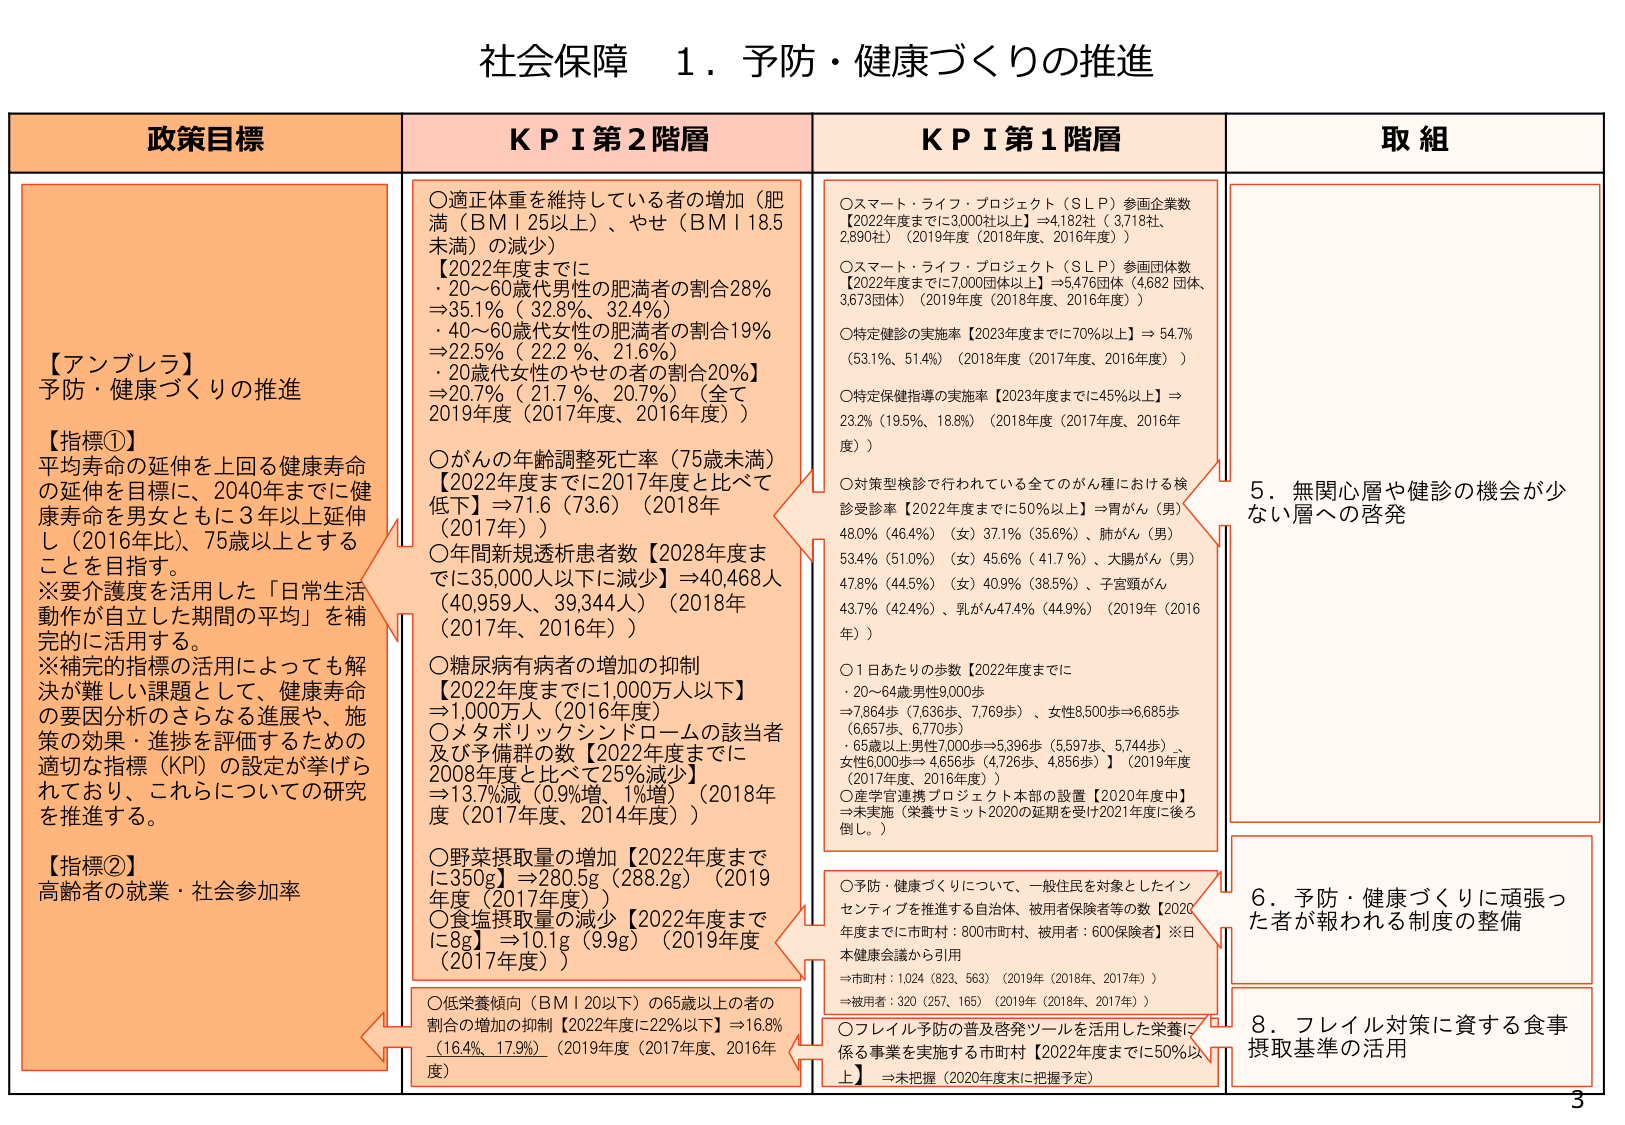
社会保障 1．予防・健康づくりの推進

政策目標

【アンブレラ】
予防・健康づくりの推進

【指標①】
平均寿命の延伸を上回る健康寿命の延伸を目標に、2040年までに健康寿命を男女ともに3年以上延伸し（2016年比）、75歳以上とすることを目指す。
※要介護度を活用した「日常生活動作が自立した期間の平均」を補完的に活用する。
※補完的指標の活用によっても解決が難しい課題として、健康寿命の要因分析のさらなる進展や、施策の効果・進捗を評価するための適切な指標（KPI）の設定が挙げられており、これらについての研究を推進する。

【指標②】
高齢者の就業・社会参加率

KPI 第2階層

○適正体重を維持している者の増加（肥満（BMI 25以上）、やせ（BMI 18.5未満）の減少）
・2022年度までに
→20～60歳代男性の肥満者の割合28% ⇒35.1%（32.8%、32.4%）
→40～60歳代女性の肥満者の割合19% ⇒22.5%（22.2%、21.6%）
・20歳代女性のやせの者の割合20%】 ⇒20.7%（21.7%、20.7%）（全て2019年度（2017年度、2016年度））

○がんの年齢調整死亡率（75歳未満）
【2022年度までに2017年度と比べて低下】⇒71.6（73.6）（2018年（2017年））

○年間新規透析患者数【2028年度までに35,000人以下に減少】⇒40,468人（40,959人、39,344人）（2018年（2017年、2016年））

○糖尿病有病者の増加の抑制
【2022年度までに1,000万人以下】⇒1,000万人（2016年度）

○メタボリックシンドロームの該当者及び予備群の数【2022年度までに2008年度と比べて25%減少】⇒13.7%減（0.9%増、1%増）（2018年度（2017年度、2014年度））

○野菜摂取量の増加【2022年度までに350g】⇒280.5g（288.2g）（2019年度（2017年度））

○食塩摂取量の減少【2022年度までに8g】⇒10.1g（9.9g）（2019年度（2017年度））

○低栄養傾向（BMI 20以下）の65歳以上の者の割合の増加の抑制【2022年度に22%以下】⇒16.8%（16.4%、17.9%）（2019年度（2017年度、2016年度））

KPI 第1階層

○スマート・ライフ・プロジェクト（SLP）参画企業数
【2022年度までに3,000社以上】⇒4,182社（3,718社、2,890社）（2019年度（2018年度、2016年度））

○スマート・ライフ・プロジェクト（SLP）参画団体数
【2022年度までに7,000団体以上】⇒5,476団体（4,682団体、3,673団体）（2019年度（2018年度、2016年度））

○特定健診の実施率【2023年度までに70%以上】⇒54.7%（53.1%、51.4%）（2018年度（2017年度、2016年度））

○特定保健指導の実施率【2023年度までに45%以上】⇒23.2%（19.5%、18.8%）（2018年度（2017年度、2016年度））

○対策型検診で行われている全てのがん種における検診実施率【2022年度までに50%以上】
→胃がん（男）48.0%（46.4%）（女）37.1%（35.6%）、肺がん（男）53.4%（51.0%）（女）45.6%（41.7%）、大腸がん（男）47.8%（44.5%）（女）40.9%（38.5%）、子宮頸がん43.7%（42.4%）、乳がん47.4%（44.9%）（2019年（2016年））

○1日あたりの歩数【2022年度までに
・20～64歳男性9,000歩 ⇒7,864歩（7,636歩、7,769歩）、女性8,500歩⇒6,685歩（6,657歩、6,770歩）
・65歳以上男性7,000歩⇒5,396歩（5,597歩、5,744歩）、女性6,000歩⇒4,656歩（4,726歩、4,856歩）】（2019年度（2017年度、2016年度））

○産学官連携プロジェクト本部の設置【2020年度中】
→未実施（栄養サミット2020の延期を受け2021年度に後ろ倒し。）

○予防・健康づくりについて、一般住民を対象としたインセンティブを推進する自治体、被用者保険者等の数【2020年度までに市町村：800市町村、被用者：600保険者】※日本健康会議から引用
⇒市町村：1,024（823、563）（2019年（2018年、2017年））
⇒被用者：320（257、165）（2019年（2018年、2017年））

○フレイル予防の普及啓発ツールを活用した栄養関係る事業を実施する市町村【2022年度までに50%以上】→未把握（2020年度末に把握予定）

取組

5．無関心層や健診の機会が少ない層への啓発

6．予防・健康づくりに頑張った者が報われる制度の整備

8．フレイル対策に資する食事摂取基準の活用

3